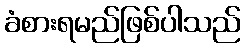
ခံစားရမည်ဖြစ်ပါသည်